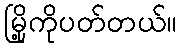
မြို့ကိုပတ်တယ်။